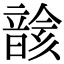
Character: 𩐰